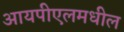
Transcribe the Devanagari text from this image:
आयपीएलमधील